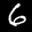
Label: 6